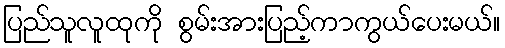
ပြည်သူလူထုကို စွမ်းအားပြည့်ကာကွယ်ပေးမယ်။